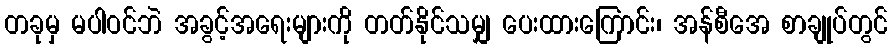
တခုမှ မပါဝင်ဘဲ အခွင့်အရေးများကို တတ်နိုင်သမျှ ပေးထားကြောင်း၊ အန်စီအေ စာချုပ်တွင်